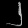
Digit: ၂